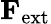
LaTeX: \mathbf{F}_{\mathrm{ext}}